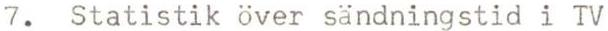
7. Statistik över sändningstid i TV